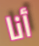
أنا